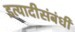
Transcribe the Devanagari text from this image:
इत्यादीसंबंधी